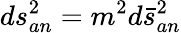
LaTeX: ds_{an}^{2}=m^{2}d\bar{s}_{an}^{2}